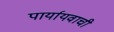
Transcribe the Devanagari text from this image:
पार्यायवाची